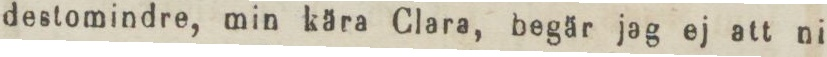
destomindre, min kära Clara, begär jag ej att ni